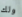
ولك